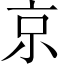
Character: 京